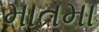
માતમા